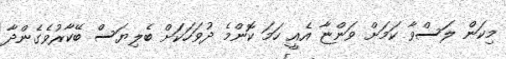
މިކަން ލަސްވާ ކަމަށް ވަންޏާ އެއީ ހަމަ ކޮންމެ ދުވަހަކަށް ބެލިޔަސް ބޭކާރުވެގެންދާ